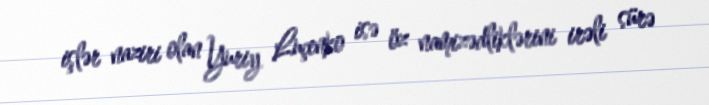
işlər naziri olan Yuriy Luçenko isə öz namizədliklərini irəli sürə